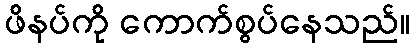
ဖိနပ်ကို ကောက်စွပ်နေသည်။